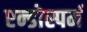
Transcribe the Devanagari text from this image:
एन्डोस्पर्म